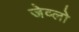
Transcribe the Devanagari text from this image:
जेव्लो